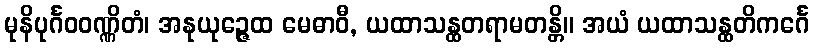
မုနိပုင်္ဂဝဝဏ္ဏိတံ၊ အနုယုဉ္ဇေထ မေဓာဝီ, ယထာသန္ထတရာမတန္တိ။ အယံ ယထာသန္ထတိကင်္ဂေ